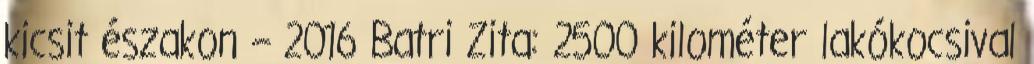
kicsit északon – 2016 Batri Zita: 2500 kilométer lakókocsival